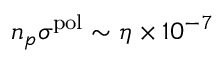
n _ { p } \sigma ^ { \mathrm { p o l } } \sim \eta \times 1 0 ^ { - 7 }